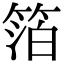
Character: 箔